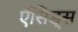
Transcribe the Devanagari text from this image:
ऍसिड्स